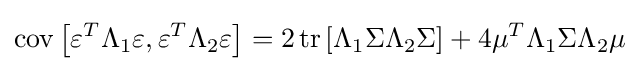
\operatorname {cov} \left[\varepsilon ^{T}\Lambda _{1}\varepsilon ,\varepsilon ^{T}\Lambda _{2}\varepsilon \right]=2\operatorname {tr} \left[\Lambda _{1}\Sigma \Lambda _{2}\Sigma \right]+4\mu ^{T}\Lambda _{1}\Sigma \Lambda _{2}\mu